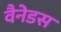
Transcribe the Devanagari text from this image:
वैनेडस